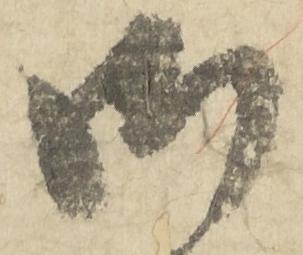
御